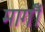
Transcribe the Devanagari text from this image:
मागीँ